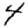
Digit: 4